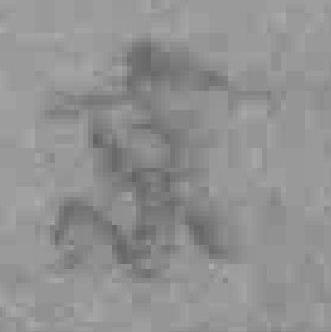
京